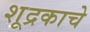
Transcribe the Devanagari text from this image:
शूद्रकाचे